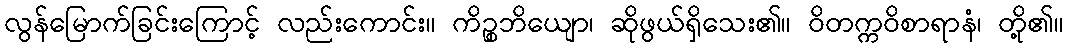
လွန်မြောက်ခြင်းကြောင့် လည်းကောင်း။ ကိဉ္စဘိယျော၊ ဆိုဖွယ်ရှိသေး၏။ ဝိတက္ကဝိစာရာနံ၊ တို့၏။